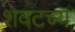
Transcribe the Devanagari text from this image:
शेवटच्य